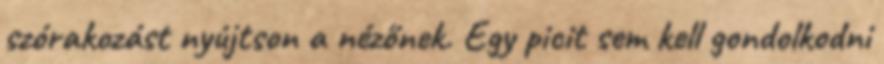
szórakozást nyújtson a nézőnek. Egy picit sem kell gondolkodni